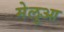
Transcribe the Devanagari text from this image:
मेलुआ